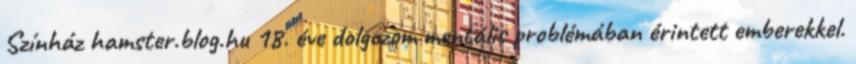
Színház hamster.blog.hu 18. éve dolgozom mentális problémában érintett emberekkel.